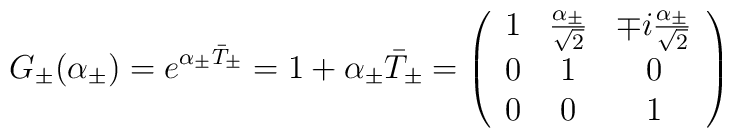
G_\pm (\alpha_\pm) = e^{\alpha_\pm \bar{T}_\pm} = 1 + \alpha_\pm \bar{T}_\pm = \left(\begin{array}{ccc}1 & \frac{\alpha_\pm}{\sqrt{2}} & \mp i \frac{\alpha_\pm}{\sqrt{2}} \\0 & 1 & 0 \\0 & 0 & 1\end{array}\right)